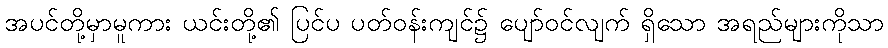
အပင်တို့မှာမူကား ယင်းတို့၏ ပြင်ပ ပတ်ဝန်းကျင်၌ ပျော်ဝင်လျက် ရှိသော အရည်များကိုသာ